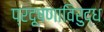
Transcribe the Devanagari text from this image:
प्रदूषणाविरुद्ध